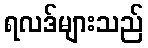
ရလဒ်များသည်